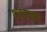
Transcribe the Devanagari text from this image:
शतकाकडे